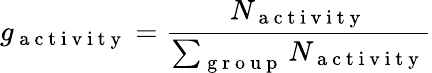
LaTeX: g_{\mathrm{~a~c~t~i~v~i~t~y~}}=\frac{N_{\mathrm{~a~c~t~i~v~i~t~y~}}}{\sum_{\mathrm{~g~r~o~u~p~}}N_{\mathrm{~a~c~t~i~v~i~t~y~}}}